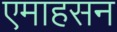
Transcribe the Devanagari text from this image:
एमाहसन